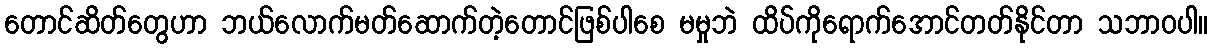
တောင်ဆိတ်တွေဟာ ဘယ်လောက်မတ်ဆောက်တဲ့တောင်ဖြစ်ပါစေ မမှုဘဲ ထိပ်ကိုရောက်အောင်တတ်နိုင်တာ သဘာဝပါ။